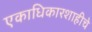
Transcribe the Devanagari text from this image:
एकाधिकारशाहीचे